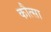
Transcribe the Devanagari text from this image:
कौत्सा